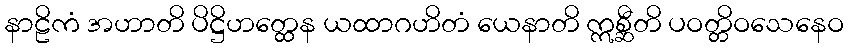
နာဠိကံ အဟာတိ ပိဋ္ဌိဟတ္ထေန ယထာဂဟိတံ ယေနာတိ ဣစ္ဆီတိ ပဝတ္တိဝသေနေဝ